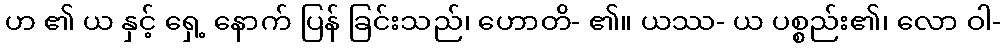
ဟ ၏ ယ နှင့် ရှေ့ နောက် ပြန် ခြင်းသည်၊ ဟောတိ- ၏။ ယဿ- ယ ပစ္စည်း၏၊ လော ဝါ-